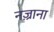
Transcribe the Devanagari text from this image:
नज़्राना